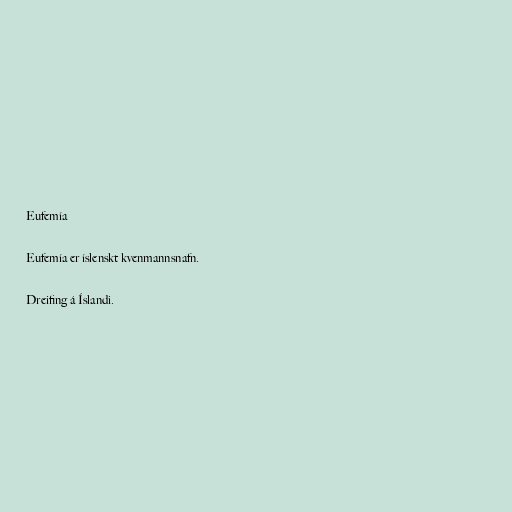
Eufemía

Eufemía er íslenskt kvenmannsnafn.

Dreifing á Íslandi.